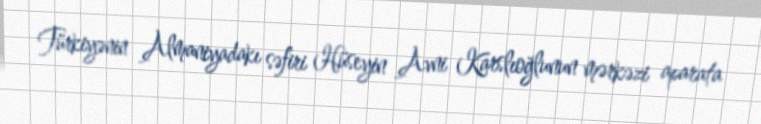
Türkiyənin Almaniyadakı səfiri Hüseyin Avni Karslıoğlunun mərkəzi aparata